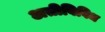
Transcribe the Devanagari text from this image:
अतीविविध